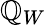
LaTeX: \mathbb{Q}_{W}